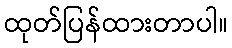
ထုတ်ပြန်ထားတာပါ။